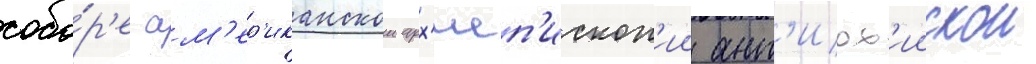
собо́р'е ам'ер'иканскои арх'иеп'ископ'ии ант'иох'иискои